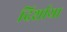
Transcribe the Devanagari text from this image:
दिर्शाया